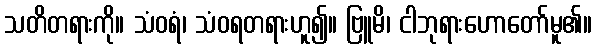
သတိတရားကို။ သံဝရံ၊ သံဝရတရားဟူ၍။ ဗြူမိ၊ ငါဘုရားဟောတော်မူ၏။